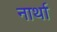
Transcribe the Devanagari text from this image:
नार्था